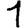
Digit: 1